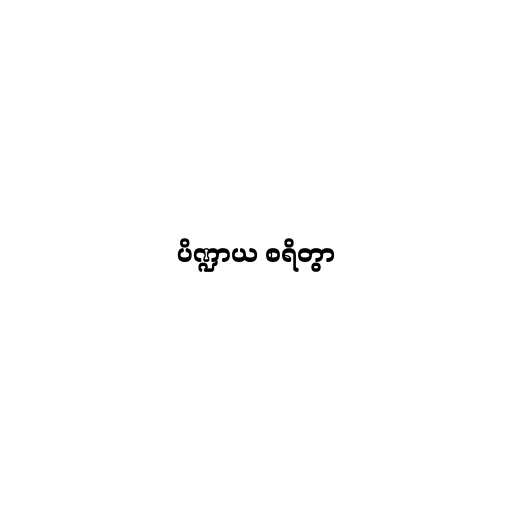
ပိဏ္ဍာယ စရိတွာ